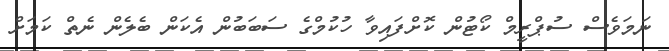
ނަމަވެސް ސުޕްރީމް ކޯޓުން ކޮށްފައިވާ ހުކުމްގެ ސަބަބުން އެކަން ބެލެން ނެތް ކަމަށް